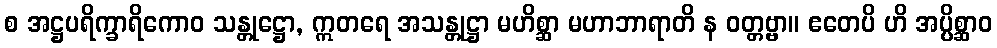
စ အဋ္ဌပရိက္ခာရိကောဝ သန္တုဋ္ဌော, ဣတရေ အသန္တုဋ္ဌာ မဟိစ္ဆာ မဟာဘာရာတိ န ဝတ္တဗ္ဗာ။ ဧတေပိ ဟိ အပ္ပိစ္ဆာဝ